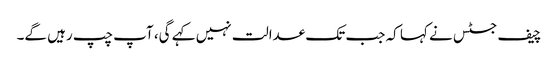
چیف جسٹس نے کہا کہ جب تک عدالت نہیں کہے گی، آپ چپ رہیں گے۔